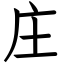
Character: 庄